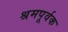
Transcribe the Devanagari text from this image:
श्रमपूर्वक